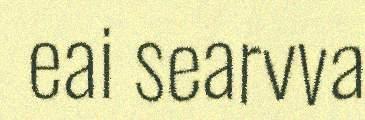
eai searvva